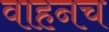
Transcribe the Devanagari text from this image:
वाहनच